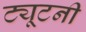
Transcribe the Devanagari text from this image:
ट्यूटनी